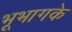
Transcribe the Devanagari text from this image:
भूभागके